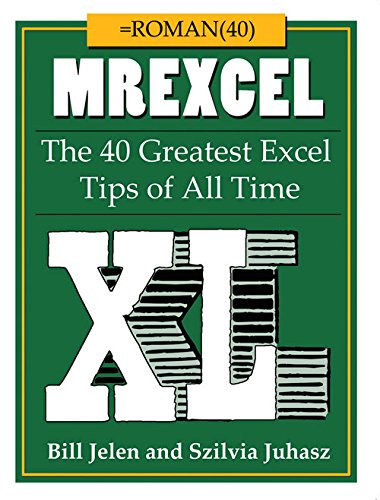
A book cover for MrExcel XL: The 40 Greatest Excel Tips of All Time; Bill Jelen; Computers & Technology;